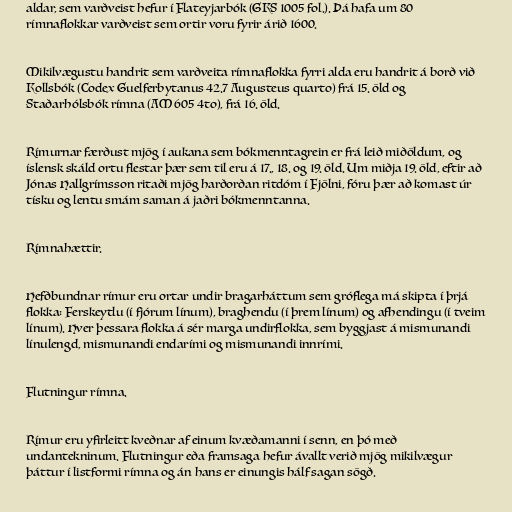
aldar, sem varðveist hefur í Flateyjarbók (GKS 1005 fol.). Þá hafa um 80
rímnaflokkar varðveist sem ortir voru fyrir árið 1600.

Mikilvægustu handrit sem varðveita rímnaflokka fyrri alda eru handrit á borð við
Kollsbók (Codex Guelferbytanus 42.7 Augusteus quarto) frá 15. öld og
Staðarhólsbók rímna (AM 605 4to), frá 16. öld.

Rímurnar færðust mjög í aukana sem bókmenntagrein er frá leið miðöldum, og
íslensk skáld ortu flestar þær sem til eru á 17., 18. og 19. öld. Um miðja 19. öld, eftir að
Jónas Hallgrímsson ritaði mjög harðorðan ritdóm í Fjölni, fóru þær að komast úr
tísku og lentu smám saman á jaðri bókmenntanna.

Rímnahættir.

Hefðbundnar rímur eru ortar undir bragarháttum sem gróflega má skipta í þrjá
flokka: Ferskeytlu (í fjórum línum), braghendu (í þrem línum) og afhendingu (í tveim
línum). Hver þessara flokka á sér marga undirflokka, sem byggjast á mismunandi
línulengd, mismunandi endarími og mismunandi innrími.

Flutningur rímna.

Rímur eru yfirleitt kveðnar af einum kvæðamanni í senn, en þó með
undantekninum. Flutningur eða framsaga hefur ávallt verið mjög mikilvægur
þáttur í listformi rímna og án hans er einungis hálf sagan sögð.